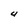
Character: U